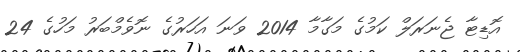
އޮޑިޓާ ޖެނަރަލް ކަމުގެ މަގާމާ 2014 ވަަނަ އަހަރުގެ ނޮވެމްބަރު މަހުގެ 24